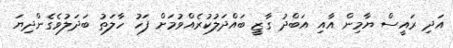
އަދި ރައީސް ޔާމިން އާއި އަބްދު ގާޒީ ބައްދަލުކުރެއްވުމަށް ފަހު ހާލަތު ބަދަލުވެގެންދިޔަ